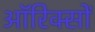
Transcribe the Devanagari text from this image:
ऑरिक्सों